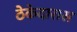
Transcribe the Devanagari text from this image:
ठेकेदारास